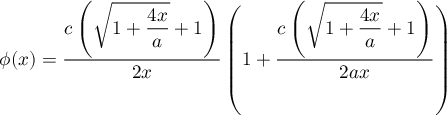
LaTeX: \phi ( x ) = \frac { \displaystyle c \left( \sqrt { 1 + \frac { 4 x } { a } } + 1 \right) } { \displaystyle 2 x } \left( 1 + \frac { \displaystyle c \left( \sqrt { 1 + \frac { 4 x } { a } } + 1 \right) } { \displaystyle 2 a x } \right)